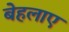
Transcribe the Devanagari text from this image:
बेहलाए